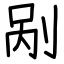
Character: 剐